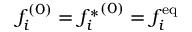
f _ { i } ^ { ( 0 ) } = { f _ { i } ^ { * } } ^ { ( 0 ) } = f _ { i } ^ { \mathrm { e q } }